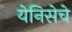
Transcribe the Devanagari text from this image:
येनिसेचे